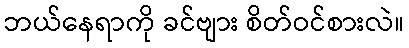
ဘယ်နေရာကို ခင်ဗျား စိတ်ဝင်စားလဲ။